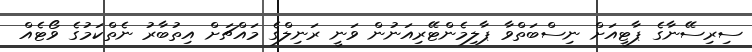
ސިރިސޭނާގެ ޕާޓީއަށް ނިސްބަތްވާ ޕާލިމެންޓޭރިއަނުން ވަނީ ރަނިލްގެ މައްޗަށް އިތުބާރު ނެތްކަމުގެ ވޯޓެއް